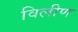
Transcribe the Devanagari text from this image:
विलीण